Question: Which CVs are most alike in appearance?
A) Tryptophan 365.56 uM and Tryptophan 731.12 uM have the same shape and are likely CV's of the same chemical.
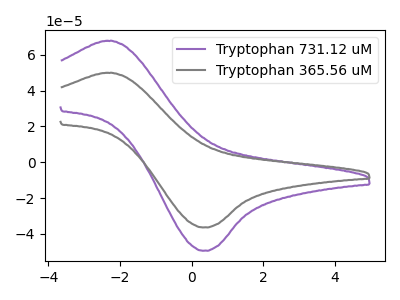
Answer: <think>The purple curve "Tryptophan 731.12 uM" has an anodic peak at (-2.35V, 67.75uA) and a cathodic peak at (0.30V, -49.35uA). The gray curve "Tryptophan 365.56 uM" has an anodic peak at (-2.35V, 49.90uA) and a cathodic peak at (0.30V, -36.35uA).
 All the peaks in "Tryptophan 731.12 uM" have a peak in "Tryptophan 365.56 uM" at the same potential. Every peak in "Tryptophan 731.12 uM" is higher than every peak in "Tryptophan 365.56 uM".</think>
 <answer>A) "Tryptophan 365.56 uM" and "Tryptophan 731.12 uM" have the same shape and are likely CV's of the same chemical.</answer>
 <eval>A</eval>